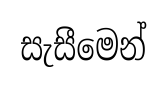
සැසීමෙන්